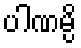
ပါဏမ္ပိ